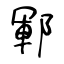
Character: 鄆